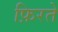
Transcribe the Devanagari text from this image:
फ़िरते